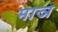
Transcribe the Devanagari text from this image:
माञ